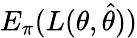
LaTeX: E_{\pi}(L(\theta,{\widehat{\theta}}))